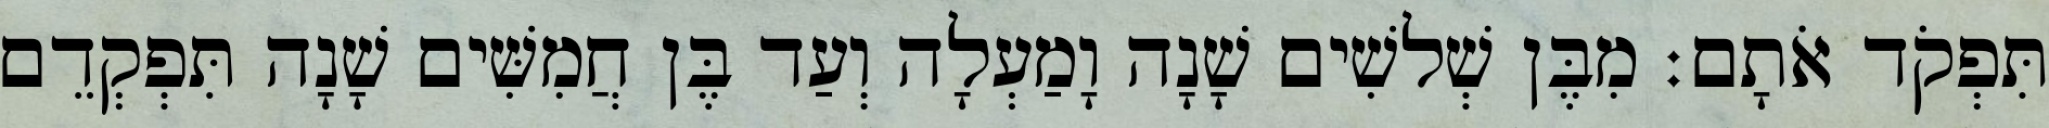
תִּפְקֹד אֹתָם׃ מִבֶּן שְׁלשִׁים שָׁנָה וָמַעְלָה וְעַד בֶּן חֲמִשִּׁים שָׁנָה תִּפְקְדֵם